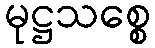
မုဋ္ဌသစ္စေ